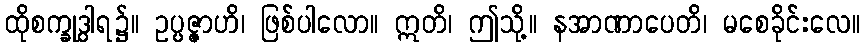
ထိုစက္ခုဒွါရ၌။ ဥပ္ပဇ္ဇာဟိ၊ ဖြစ်ပါလော။ ဣတိ၊ ဤသို့။ နအာဏာပေတိ၊ မစေခိုင်းလေ။